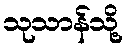
သုသာန်သို့